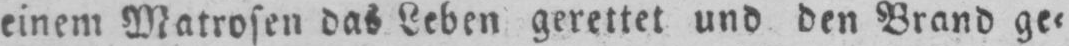
einem Matrosen das Leben gerettet und den Brand ge⸗